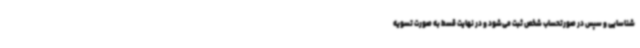
شناسایی و سپس در صورتحساب شخص ثبت می‌شود و در نهایت قسط به صورت تسویه